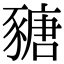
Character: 𧱵